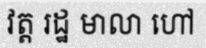
វត្ត រដ្ឋ មាលា ហៅ